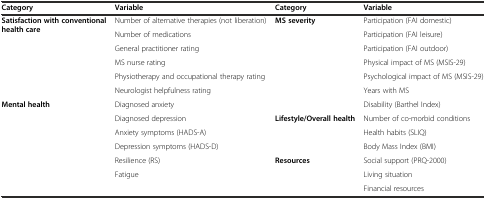
| Category | Variable | Category | Variable |
 | --- | --- | --- | --- |
 | <ROWSPAN=6> Satisfaction with conventional health care | Number of alternative therapies (not liberation) | <ROWSPAN=7> MS severity | Participation (FAI domestic) |
 | Number of medications | Participation (FAI leisure) |
 | General practitioner rating | Participation (FAI outdoor) |
 | MS nurse rating | Physical impact of MS (MSIS-29) |
 | Physiotherapy and occupational therapy rating | Psychological impact of MS (MSIS-29) |
 | Neurologist helpfulness rating | Years with MS |
 | <ROWSPAN=7> Mental health | Diagnosed anxiety | Disability (Barthel Index) |
 | Diagnosed depression | <ROWSPAN=3> Lifestyle/Overall health | Number of co-morbid conditions |
 | Anxiety symptoms (HADS-A) | Health habits (SLIQ) |
 | Depression symptoms (HADS-D) | Body Mass Index (BMI) |
 | Resilience (RS) | <ROWSPAN=3> Resources | Social support (PRQ-2000) |
 | Fatigue | Living situation |
 |  | Financial resources |